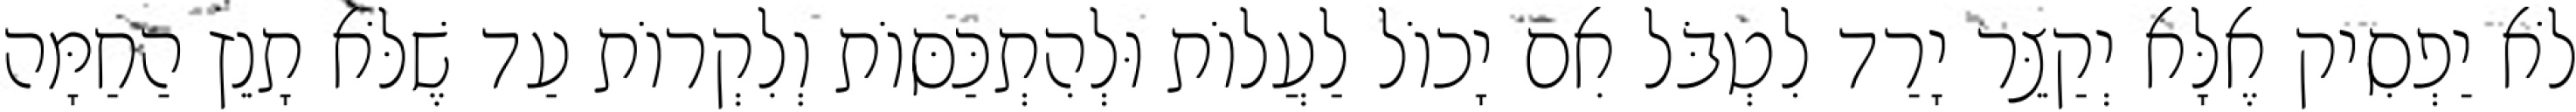
לֹא יַפְסִיק אֶלָּא יְקַצֵּר יָרַד לִטְבֹּל אִם יָכוֹל לַעֲלוֹת וּלְהִתְכַּסּוֹת וְלִקְרוֹת עַד שֶׁלֹּא תָנֵץ הַחַמָּה